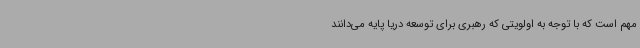
مهم است که با توجه به اولویتی که رهبری برای توسعه دریا پایه می‌دانند